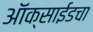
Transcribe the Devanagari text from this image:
ऑक्साईडचा